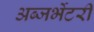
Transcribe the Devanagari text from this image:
अब्जर्भेटरी